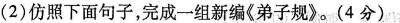
(2)仿照下面句子，完成一组新编《弟子规》。(4分)